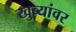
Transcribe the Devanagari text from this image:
खुब्यांवर